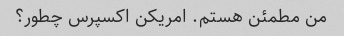
من مطمئن هستم. امریکن اکسپرس چطور؟